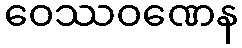
ဝေဿဝဏေန